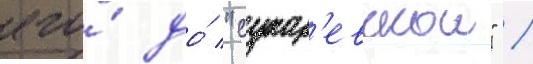
его́ до́ "сухар'евскои" /